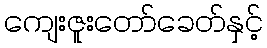
ကျေးဇူးတော်ခေတ်နှင့်